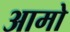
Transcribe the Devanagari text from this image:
आमो